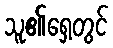
သူ၏ရှေ့တွင်